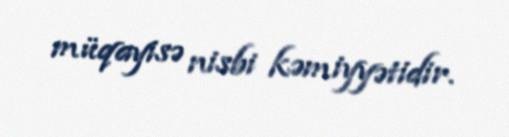
müqayisə nisbi kəmiyyətidir.